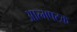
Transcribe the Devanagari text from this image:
आत्मषटक